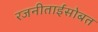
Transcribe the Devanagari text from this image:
रजनीताईंसोबत